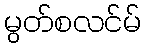
မွတ်စလင်မ်